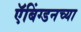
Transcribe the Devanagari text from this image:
ऍबिंग्डनच्या